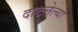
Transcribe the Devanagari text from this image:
दाटलेल्या